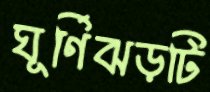
ঘূর্ণিঝড়টি